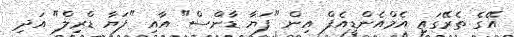
އޭގެެ ތެރޭގައި އެމްއެންޑީއެފް އިން "ފަޔާ ޑާންސް" އާއި "ފަޔާ ޑްރިލް" އަދި